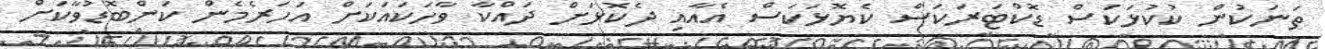
ތަނަކުން ކުކުޅަކަސް ޑޮކްޓަރަކަސް ކެޔޮޅަކަސް އެއާއި ދެކޮޅަށް ދައްކާ ވާހަކައަކަށް އަހަރެމެން ކަންބޮޑުވާކަށް